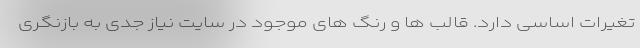
تغیرات اساسی دارد. قالب ها و رنگ های موجود در سایت نیاز جدی به بازنگری